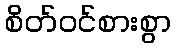
စိတ်ဝင်စားစွာ